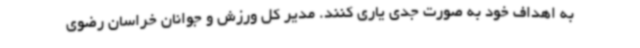
به اهداف خود به صورت جدی یاری کنند. مدیر کل ورزش و جوانان خراسان رضوی